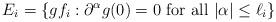
LaTeX: \begin{align*}E_i = \{g f_i : \partial^\alpha g(0) = 0 \textrm{ for all } |\alpha|\leq \ell_i \}\end{align*}